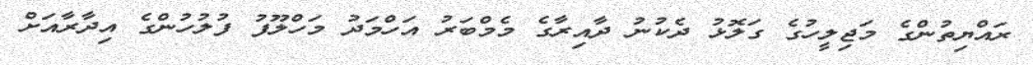
ރައްޔިތުންގެ މަޖިލީހުގެ ގަލޮޅު ދެކުނު ދާއިރާގެ މެމްބަރު އަހްމަދު މަހްލޫފު ފުލުހުންގެ އިދާރާއަށް